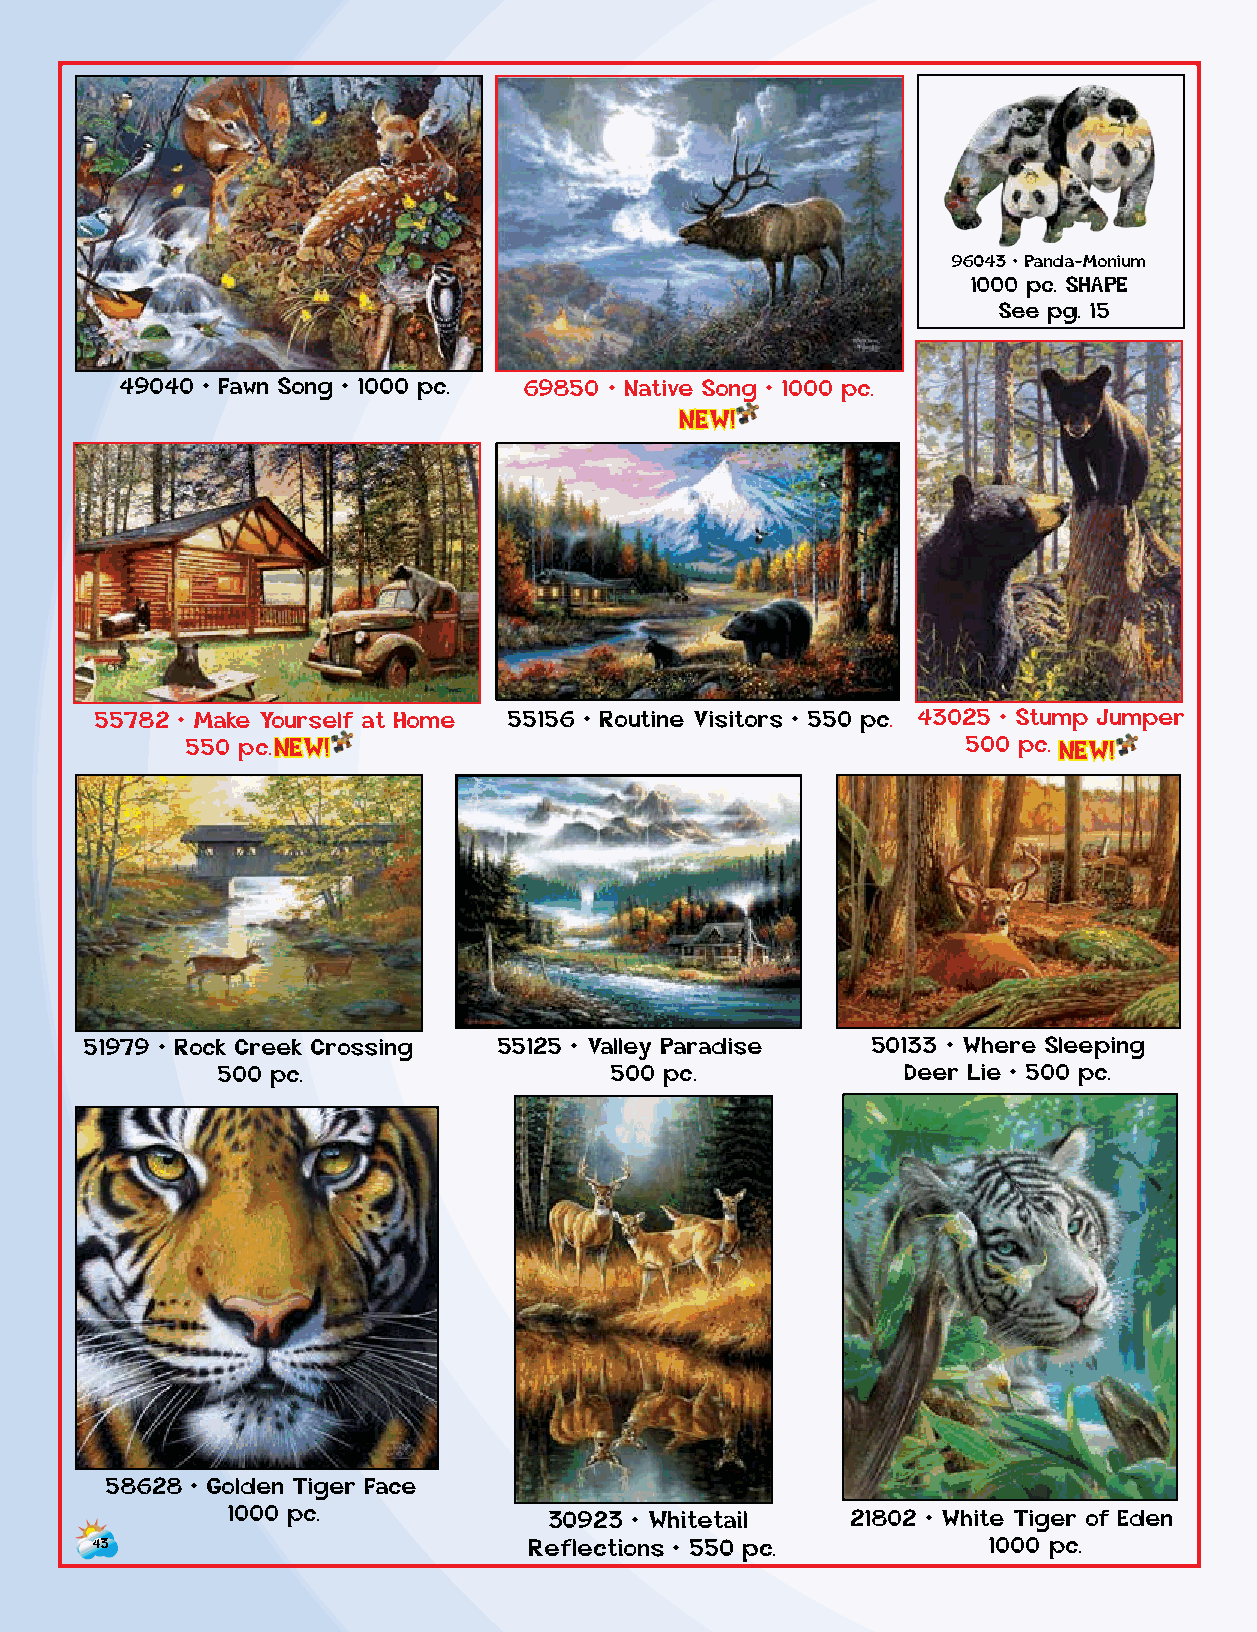
96043 • Panda-Monium
 1000 pc. SHAPE
 See pg. 15
 49040 • Fawn Song • 1000 pc. 69850 • Native Song • 1000 pc.
 NEW!
 55782 • Make Yourself at Home 55156 • Routine Visitors • 550 pc. 43025 • Stump Jumper
 550 p c . NEW!                                      500 p c . NEW!
 51979 • Rock Creek Crossing 55125 • Valley Paradise 50133 • Where Sleeping
 500 pc.                   500 pc.             Deer Lie • 500 pc.
 58628 • Golden Tiger Face
 1000 pc.             30923 • Whitetail   21802 • White Tiger of Eden
 43                           Reflections • 550 pc.          1000 pc.